Annual administration report of the Civil Veterinary Department of India - 1897-1898
Year: 1897
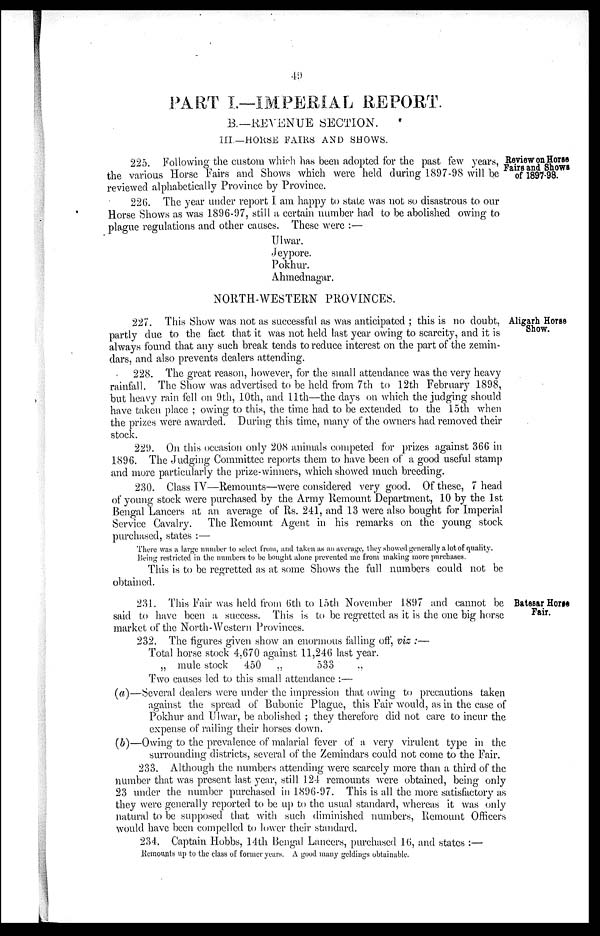
49
PART I.—IMPERIAL REPORT.
B.—REVENUE SECTION.
III.—HORSE FAIRS AND SHOWS.
Review on Horse
Fairs and Shows
of 1897-98.
225. Following the custom which has been adopted for the past few years,
the various Horse Fairs and Shows which were held during 1897-98 will be
reviewed alphabetically Province by Province.
226. The year under report I am happy to state was not so disastrous to our
Horse Shows as was 1896-97, still a certain number had to be abolished owing to
plague regulations and other causes. These were:—
Ulwar.
Jeypore.
Pokhur.
Ahmednagar.
NORTH-WESTERN PROVINCES.
Aligarh Horse
Show.
227. This Show was not as successful as was anticipated; this is no doubt,
partly due to the fact that it was not held last year owing to scarcity, and it is
always found that any such break tends to reduce interest on the part of the zemin-
dars, and also prevents dealers attending.
228. The great reason, however, for the small attendance was the very heavy
rainfall. The Show was advertised to be held from 7th to 12th February 1898,
but heavy rain fell on 9th, 10th, and 11th—the days on which the judging should
have taken place; owing to this, the time had to be extended to the 15th when
the prizes were awarded. During this time, many of the owners had removed their
stock.
229. On this occasion only 208 animals competed for prizes against 366 in
1896. The Judging Committee reports them to have been of a good useful stamp
and more particularly the prize-winners, which showed much breeding.
230. Class IV—Remounts—were considered very good. Of these, 7 head
of young stock were purchased by the Army Remount Department, 10 by the 1st
Bengal Lancers at an average of Rs. 241, and 13 were also bought for Imperial
Service Cavalry. The Remount Agent in his remarks on the young stock
purchased, states:—
There was a large number to select from, and taken as an average, they showed generally a lot of quality.
Being restricted in the numbers to be bought alone prevented me from making more purchases.
This is to be regretted as at some Shows the full numbers could not be
obtained.
Batesar Horse
Fair.
231. This Fair was held from 6th to 15th November 1897 and cannot be
said to have been a success. This is to be regretted as it is the one big horse
market of the North-Western Provinces.
232. The figures given show an enormous falling off, viz:—
Total horse stock 4,670 against 11,246 last year.
„ mule stock 450 „
533
„
Two causes led to this small attendance:—
(a)—Several dealers were under the impression that owing to precautions taken
against the spread of Bubonic Plague, this Fair would, as in the case of
Pokhur and Ulwar, be abolished; they therefore did not care to incur the
expense of railing their horses down.
(b)—Owing to the prevalence of malarial fever of a very virulent type in the
surrounding districts, several of the Zemindars could not come to the Fair.
233. Although the numbers attending were scarcely more than a third of the
number that was present last year, still 124 remounts were obtained, being only
23 under the number purchased in 1896-97. This is all the more satisfactory as
they were generally reported to be up to the usual standard, whereas it was only
natural to be supposed that with such diminished numbers, Remount Officers
would have been compelled to lower their standard.
234. Captain Hobbs, 14th Bengal Lancers, purchased 16, and states:—
Remounts up to the class of former years. A good many geldings obtainable.